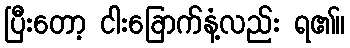
ပြီးတော့ ငါးခြောက်နံ့လည်း ရ၏။